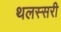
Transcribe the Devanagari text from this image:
थलस्सरी